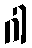
ဂါ